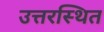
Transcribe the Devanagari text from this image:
उत्तरस्थित